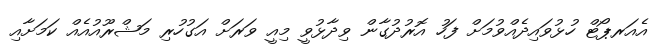
އެއަރޕޯޓް ހުޅުވައިދެއްވުމަށް ފަހު އޮރުދުގާން ވިދާޅުވީ މިއީ ވަރަށް އަގުހުރި މަޝްރޫއުއެއް ކަމަށާއި